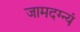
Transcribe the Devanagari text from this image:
जामदग्न्यं